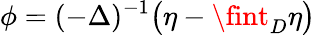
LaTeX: \phi=(-\Delta)^{-1}\big(\eta-\fint_{D}\eta\big)